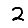
Digit: 2